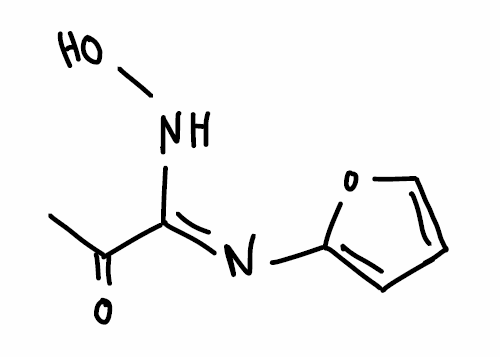
Simplified molecular-input line-entry system (SMILES) notation of the given molecule:
CC(=O)/C(=N/C1=CC=CO1)/NO